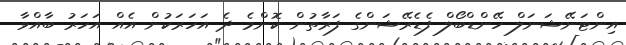
އިންޓަނޭޝަނަލް ހޭންޑްބޯލް ފެޑެރޭޝަންގެ ފަރާތުން ކޮންމެ ދެ އަހަރަކުން އެއް އަހަރު ބާއްވާ